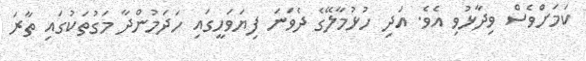
ކަމަށްވެސް ވިދާޅުވި އެވެ. އަދި ހުޅުމާލޭގެ ދެވަނަ ފިޔަވަހީގައި ހަދަމުންދާ މަގުތަކުގައި ތާރަ